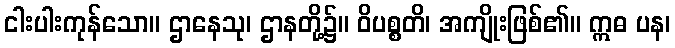
ငါးပါးကုန်သော။ ဌာနေသု၊ ဌာနတို့၌။ ဝိပစ္စတိ၊ အကျိုးဖြစ်၏။ ဣဓ ပန၊